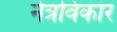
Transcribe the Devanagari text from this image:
नेत्रविकार